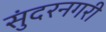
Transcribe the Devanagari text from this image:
सुंदरनगरी